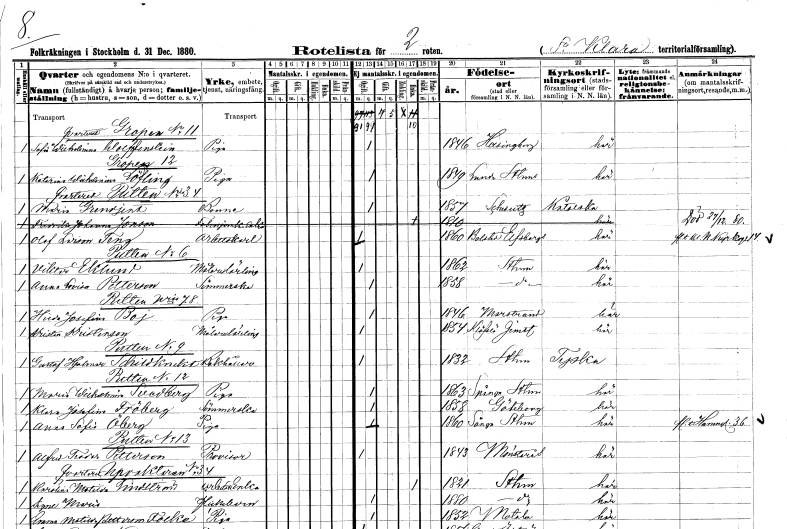
gt_parse: households: individuals: FN: Sofia Wilhelmina
EN: Wolffenstein
YRKE: Piga
KON: K
CIV: O
FODAR: 1846
FODFORS: Helsingborg Malmöhus län
FN: Katarina Wilhelmina
EN: Löfling
YRKE: Piga
KON: K
CIV: O
FODAR: 1849
FODFORS: Lunda Stockholms län
FN: Maria
EN: Grendjent
YRKE: Bonne
KON: K
CIV: O
FODAR: 1857
FN: Fredrika Johanna
EN: Jonson
YRKE: Fanjunkareänka
KON: K
CIV: E
FODAR: 1810
FN: Olof
EN: Larson Teng
YRKE: Arbetskarl
KON: M
CIV: O
FODAR: 1860
FODFORS: Bolstad Älvsborgs län
FN: Viktor
EN: Eklund
YRKE: Målarelärling
KON: M
CIV: O
FODAR: 1862
FODFORS: Stockholm
FN: Anna Lovisa
EN: Petterson
YRKE: Sömmerska
KON: K
CIV: O
FODAR: 1858
FODFORS: Stockholm
FN: Hilda Josefina
EN: Boj
YRKE: Piga
KON: K
CIV: O
FODAR: 1846
FODFORS: Marstrand Göteborgs- och Bohuslän
FN: Kristen
EN: Kristenson
YRKE: Målarelärling
KON: M
CIV: O
FODAR: 1854
FODFORS: Klövsjö Jämtlands län
FN: Gustaf Hjalmar
EN: Schildknekt
YRKE: Bokhållare
KON: M
CIV: O
FODAR: 1832
FODFORS: Stockholm
FN: Maria Wilhelmina
EN: Svedberg
YRKE: Piga
KON: K
CIV: O
FODAR: 1863
FODFORS: Spånga Stockholms län
FN: Klara Josefina
EN: Fröberg
YRKE: Sömmerska
KON: K
CIV: O
FODAR: 1858
FODFORS: Göteborg Göteborgs- och Bohuslän
FN: Anna Sofia
EN: Öberg
YRKE: Piga
KON: K
CIV: O
FODAR: 1860
FODFORS: Sånga Stockholms län
FN: Alfred Teodor
EN: Petterson
YRKE: Provisor
KON: M
CIV: O
FODAR: 1843
FODFORS: Mönsterås Kalmar län